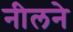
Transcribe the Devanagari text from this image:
नीलने